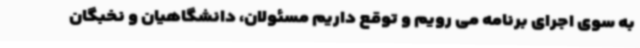
به سوی اجرای برنامه می رویم و توقع داریم مسئولان، دانشگاهیان و نخبگان